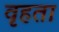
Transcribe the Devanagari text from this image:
वृहता